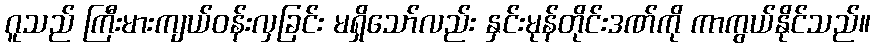
ဂူသည် ကြီးမားကျယ်ဝန်းလှခြင်း မရှိသော်လည်း နှင်းမုန်တိုင်းဒဏ်ကို ကာကွယ်နိုင်သည်။